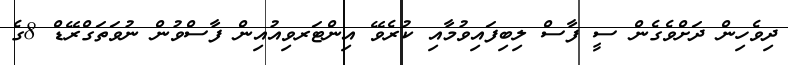
ދިވެހިން ދަށްވެގެން ސީ ފާސް ލިބިފައިވުމާއި ކުރެވޭ އިންޓަރވިއުއިން ފާސްވުން ނުވަތަގްރޭޑް 8ގެ